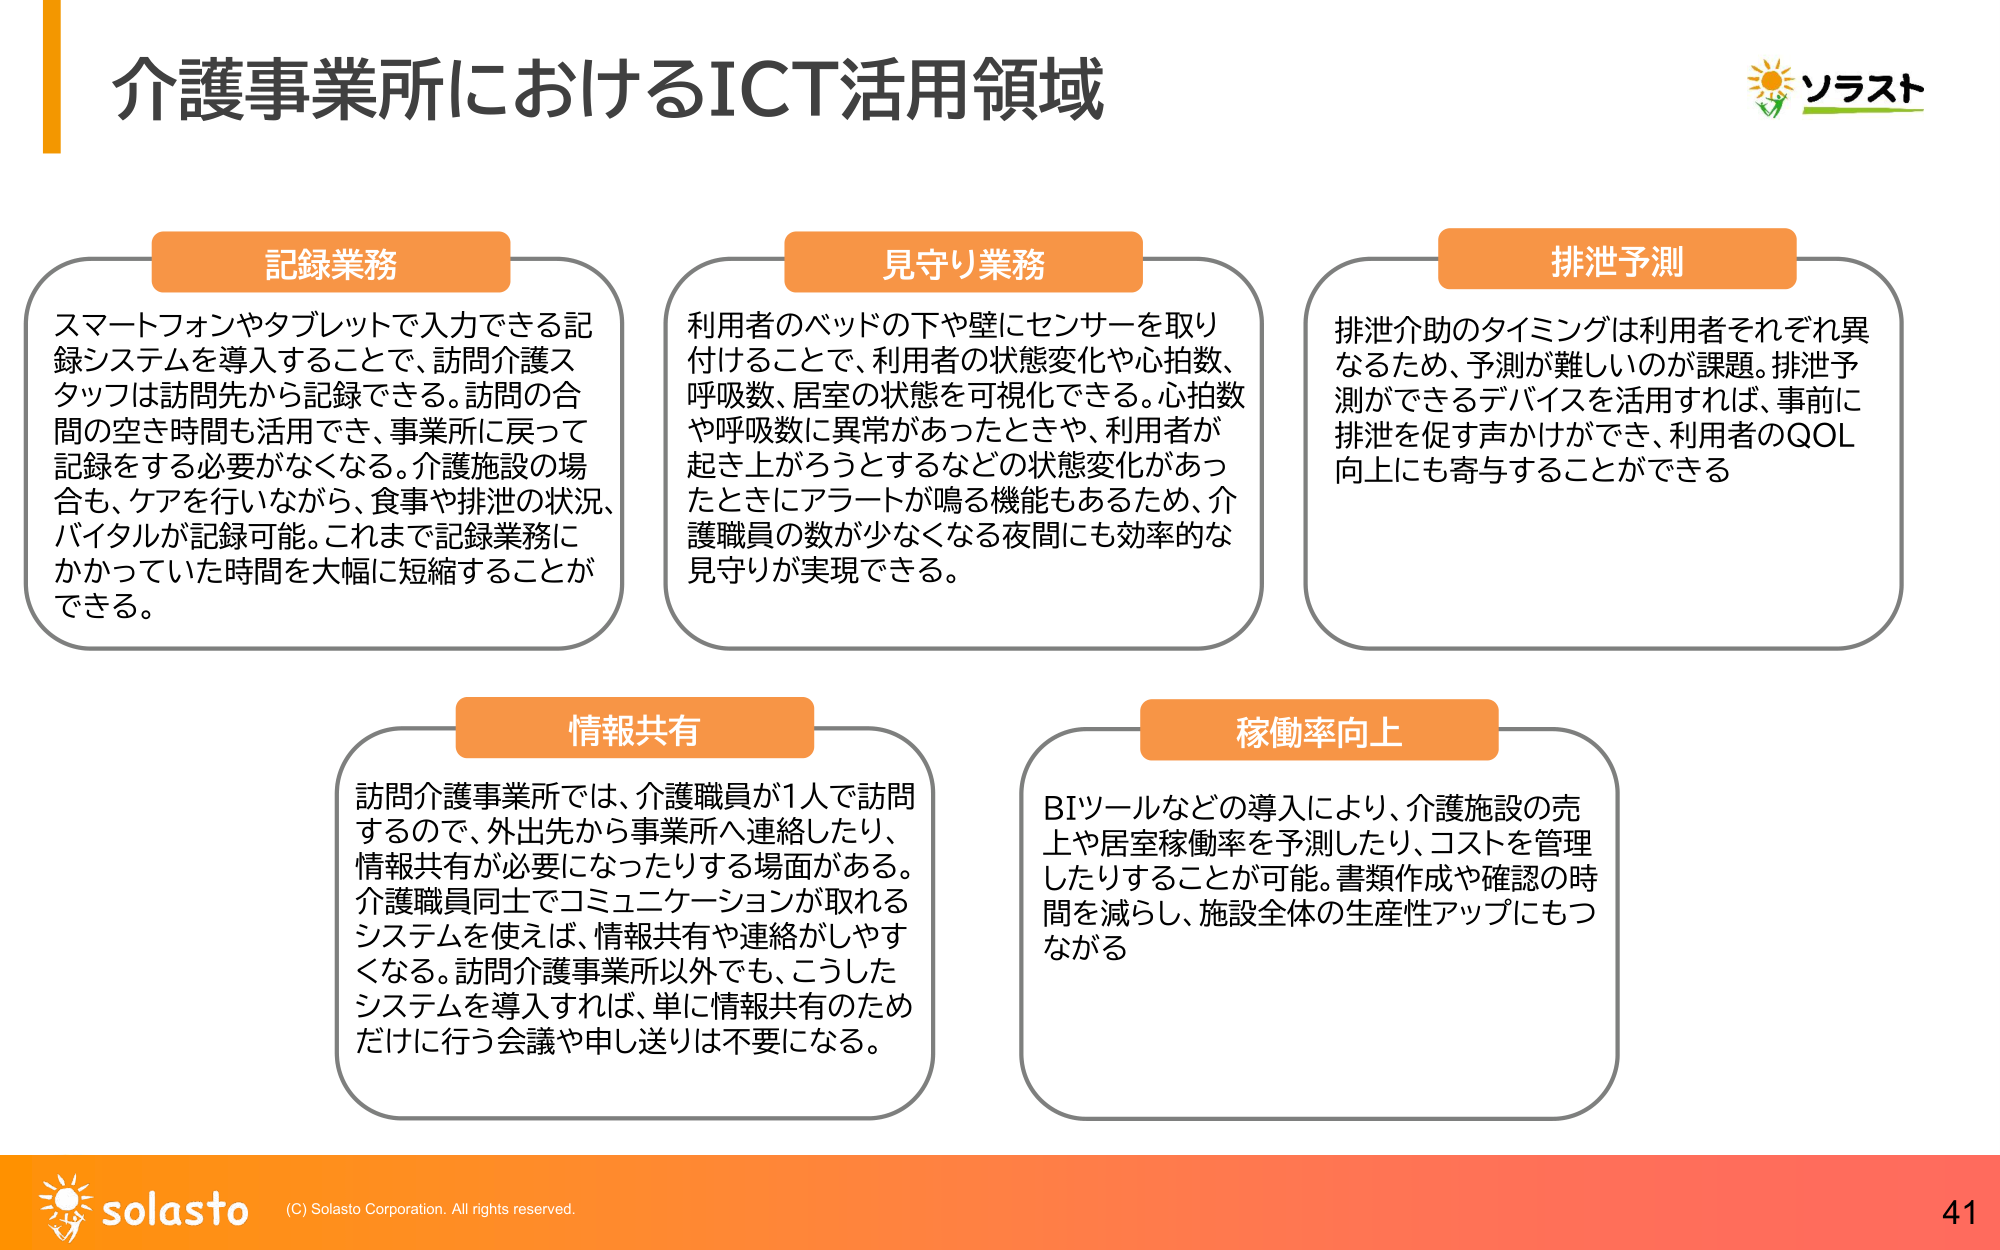
介護事業所におけるICT活用領域

記録業務
スマートフォンやタブレットで入力できる記録システムを導入することで、訪問介護スタッフは訪問先から記録できる。訪問の合間の空き時間も活用でき、事業所に戻って記録をする必要がなくなる。介護施設の場合も、ケアを行いながら、食事や排泄の状況、バイタルが記録可能。これまで記録業務にかかっていた時間を大幅に短縮することができる。

見守り業務
利用者のベッドの下や壁にセンサーを取り付けることで、利用者の状態変化や心拍数、呼吸数、居室の状態を可視化できる。心拍数や呼吸数に異常があったときや、利用者が起き上がろうとするなどの状態変化があったときにアラートが鳴る機能もあるため、介護職員の数が少なくなる夜間にも効率的な見守りが実現できる。

排泄予測
排泄介助のタイミングは利用者それぞれ異なるため、予測が難しいのが課題。排泄予測ができるデバイスを活用すれば、事前に排泄を促す声かけができ、利用者のQOL向上にも寄与することができる

情報共有
訪問介護事業所では、介護職員が1人で訪問するので、外出先から事業所へ連絡したり、情報共有が必要になったりする場面がある。介護職員同士でコミュニケーションが取れるシステムを使えば、情報共有や連絡がしやすくなる。訪問介護事業所以外でも、こうしたシステムを導入すれば、単に情報共有のためだけに行う会議や申し送りは不要になる。

稼働率向上
BIツールなどの導入により、介護施設の売上や居室稼働率を予測したり、コストを管理したりすることが可能。書類作成や確認の時間を減らし、施設全体の生産性アップにもつながる

ソラスト
solasto
(C) Solasto Corporation. All rights reserved.
41